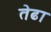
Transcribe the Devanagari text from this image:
तेढा